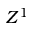
Z ^ { 1 }